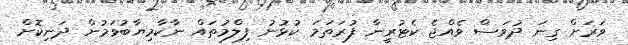
ވަރަށް ގިނަ ދުވަސް ވެއްޖެ ކެޓުރީނާ ފުރަތަމަ ކުޅުނު ފިލްމުތައް ނާކާމިޔާބުވަމުން ދަނިކޮށް